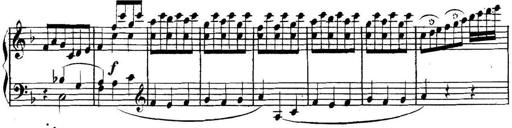
Title: Collected Piano Sonatas
Composer: Muzio Clementi